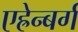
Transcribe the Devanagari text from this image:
एह्रेन्बर्ग